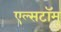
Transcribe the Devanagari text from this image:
एल्सटॉम